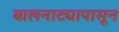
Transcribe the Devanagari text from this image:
बालनाट्यापासून